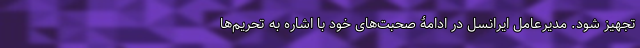
تجهیز شود. مدیرعامل ایرانسل در ادامۀ صحبت‌های خود با اشاره به تحریم‌ها